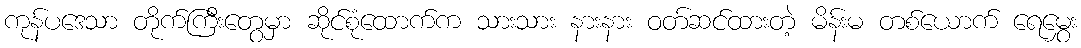
ကုန်ပဒေသာ တိုက်ကြီးတွေမှာ ဆိုင်စုံထောက်က သားသား နားနား ဝတ်ဆင်ထားတဲ့ မိန်းမ တစ်ယောက် ရေမွှေး